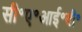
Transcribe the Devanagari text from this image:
सी॰ए॰आई॰बी॰